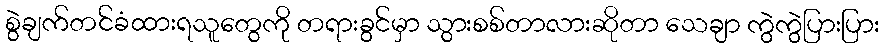
စွဲချက်တင်ခံထားရသူတွေကို တရားခွင်မှာ သွားစစ်တာလားဆိုတာ သေချာ ကွဲကွဲပြားပြား